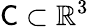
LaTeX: \mathsf C\subset\mathbb{R}^{3}